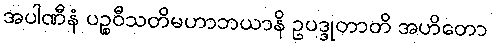
အပါဏီနံ ပဉ္စဝီသတိမဟာဘယာနိ ဥပဒ္ဒုတာတိ အဟိတော